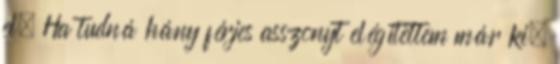
el. Ha tudná hány férjes asszonyt elégítettem már ki.